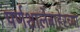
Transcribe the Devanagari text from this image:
पर्णशालेबाहेरच्या